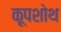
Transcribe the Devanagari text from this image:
कूपशोथ